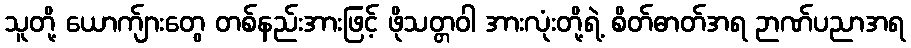
သူတို့ ယောက်ျားတွေ တစ်နည်းအားဖြင့် ဖိုသတ္တဝါ အားလုံးတို့ရဲ့ စိတ်ဓာတ်အရ ဉာဏ်ပညာအရ